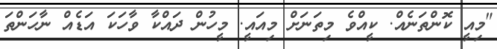
"މިއީ ކޮންތަނެއް. ކީއްވެ މިތަނަށް މިއައީ. މީހުން ދައްކާ ވާހަކަ އަޑެއް ނާހަންތަ